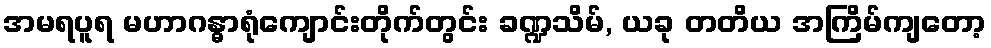
အမရပူရ မဟာဂန္ဓာရုံကျောင်းတိုက်တွင်း ခဏ္ဍသိမ်, ယခု တတိယ အကြိမ်ကျတော့